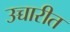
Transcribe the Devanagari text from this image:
उच्चारीत